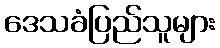
ဒေသခံပြည်သူများ